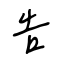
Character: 告